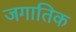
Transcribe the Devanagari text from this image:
जगातिक